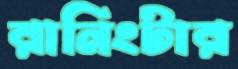
রানিংটার